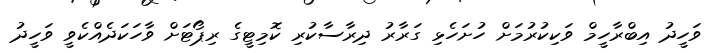
ވަހީދު އިބްރާހީމް ވަކިކުރުމަށް ހުށަހެޅި ގަރާރު ދިރާސާކުރި ކޮމިޓީގެ ރިޕޯޓަށް ވާހަކަދެއްކެވީ ވަހީދު